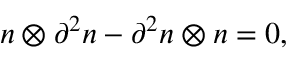
n \otimes \partial ^ { 2 } n - \partial ^ { 2 } n \otimes n = 0 ,